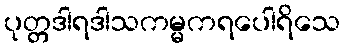
ပုတ္တဒါရဒါသကမ္မကရပေါရိသေ